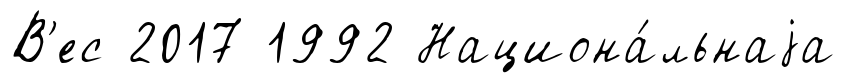
В'ес 2017 1992 Национа́льнаjа